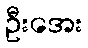
ဦးအေး